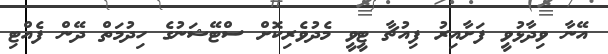
އޭނާ ވިދާޅުވީ ފަށާއިރު ފިއުޗާ ޓީވީ މެދުވެރިކޮށް ސްޓޭޝަނުގެ ހިދުމަތް ދޭން ފެއްޓި